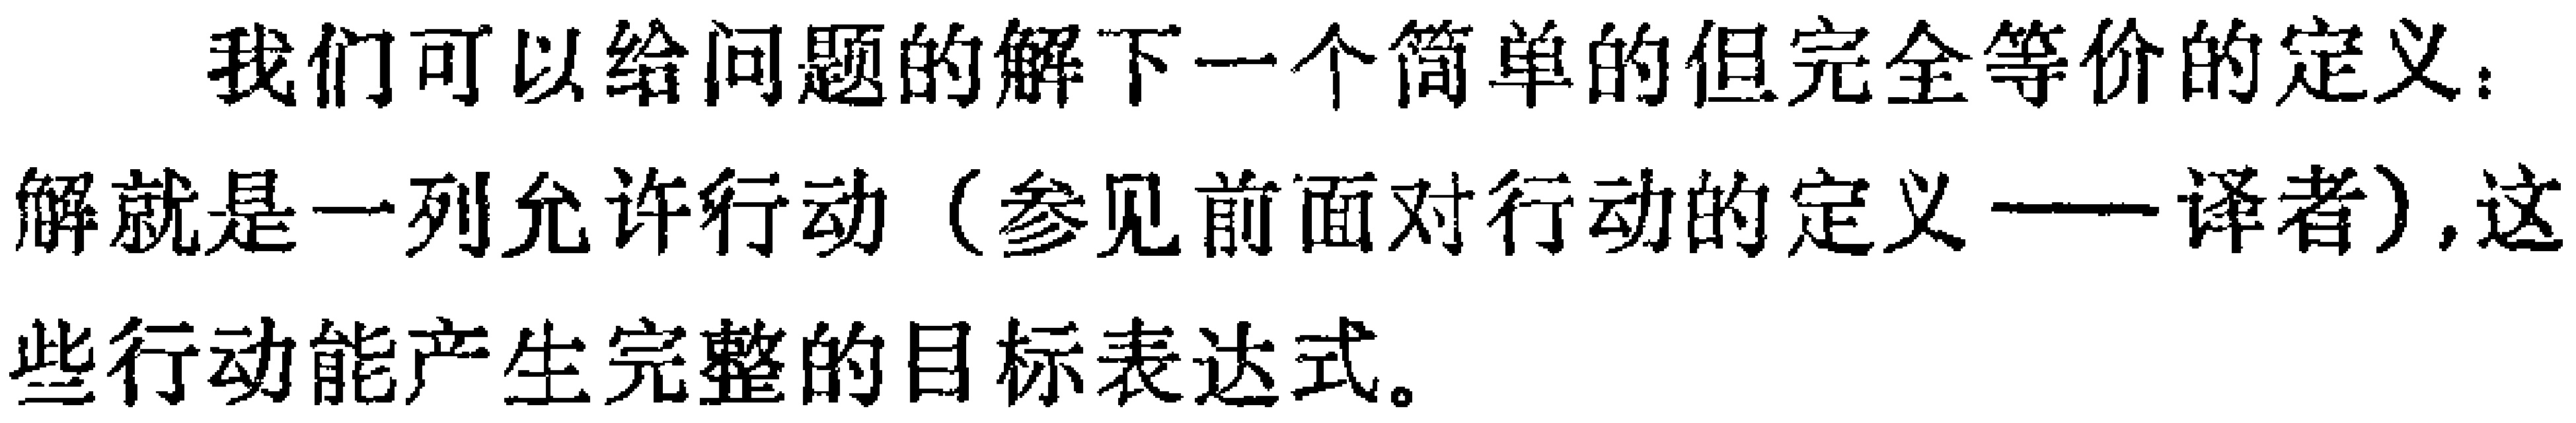
我们可以给问题的解下一个简单的但完全等价的定义：解就是一列允许行动（参见前面对行动的定义——译者）,这些行动能产生完整的目标表达式。